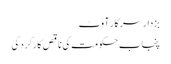
بزدار سرکار آوٹ
پنجاب حکومت کی ناقص کارکردگی